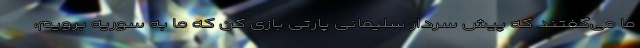
ما می‌گفتند که پیش سردار سلیمانی پارتی بازی کن که ما به سوریه برویم،